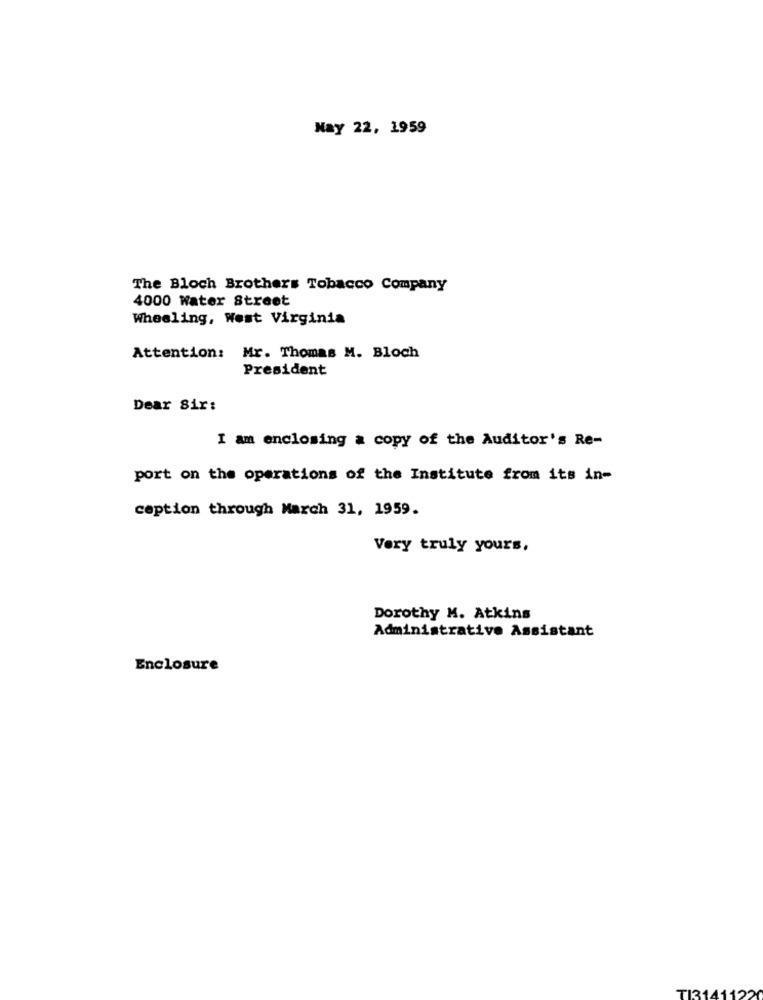
Nay 22, 1959
The Bloch Brothers Tobacco Company
4000 Water Street
Wheeling, West Virginia
Attention: Mr. Thomas M. Bloch
President
Dear Sir:
I am enclosing a copy of the Auditor's Re-
port on the operations of the Institute from its in-
ception through March 31, 1959.
Very truly yours,
Dorothy M. Atkins
Administrative Assistant
Enclosure